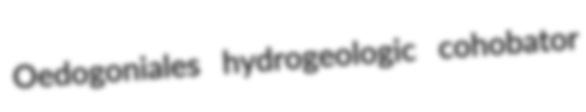
Oedogoniales hydrogeologic cohobator